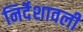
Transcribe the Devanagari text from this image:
निर्देशावली